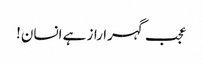
عجب گہرا راز ہے انسان!